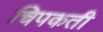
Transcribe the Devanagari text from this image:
चिपकती